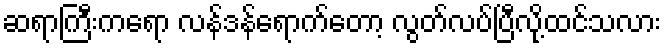
ဆရာကြီးကရော လန်ဒန်ရောက်တော့ လွတ်လပ်ပြီလို့ထင်သလား